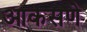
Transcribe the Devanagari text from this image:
आकसणे